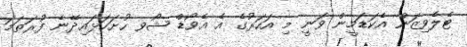
ޓެލެވިޒަން އެކަޑަމީން ވަނީ މި އަަހަރުގެ އެ އެވޯޑް ޝޯވ ހުށަހަޅައިދޭނެ ފުރަތަމަ